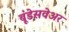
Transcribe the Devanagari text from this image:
बूंडेसवेअर